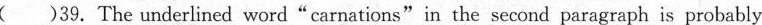
( )39.The underlined word"carnations"in the second paragraph is probably